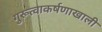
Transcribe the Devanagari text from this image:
गुरूत्वाकर्षणाखाली